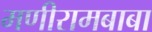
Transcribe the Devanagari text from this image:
मणीरामबाबा